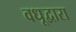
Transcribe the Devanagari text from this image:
वधूद्वारा